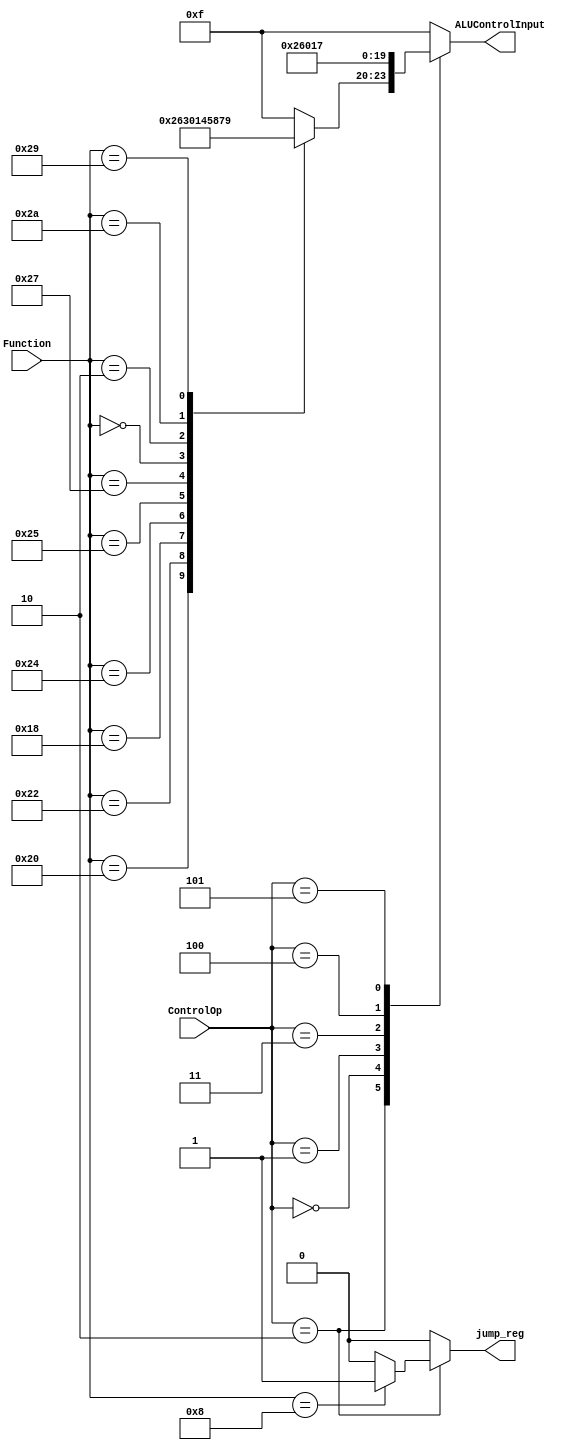
module ALU_Control(ALUControlInput,jump_reg,ControlOp,Function);

input [5:0]Function;
input [2:0]ControlOp;		// input control op
output[3:0]ALUControlInput;	// output to the ALU unit
output jump_reg;

wire [5:0]Function;
wire [2:0]ControlOp;

reg [3:0]ALUControlInput;
reg jump_reg;

always @ (ControlOp or Function)
begin
  case (ControlOp)
    3'b010: // R-type instructions
	case (Function)
		6'b100000: // add
			begin
			ALUControlInput=4'b0010;
			jump_reg=1'b0;
			end
		6'b100010: // subtract
			begin
			ALUControlInput=4'b0110;
			jump_reg=1'b0;
			end
		6'b011000: // multiply
			begin
			ALUControlInput=4'b0011;
			jump_reg=1'b0;
			end
		6'b100100: // and
			begin
			ALUControlInput=4'b0000;
			jump_reg=1'b0;
			end
		6'b100101: // or
			begin
			ALUControlInput=4'b0001;
			jump_reg=1'b0;
			end
		6'b100111: // nor
			begin
			ALUControlInput=4'b0100;
			jump_reg=1'b0;
			end
		6'b000000: // sll
			begin
			ALUControlInput=4'b0101;
			jump_reg=1'b0;
			end
		6'b000010: // srl
			begin
			ALUControlInput=4'b1000;
			jump_reg=1'b0;
			end
		6'b101010: // slt
			begin
			ALUControlInput=4'b0111;
			jump_reg=1'b0;
			end
		6'b101001: // sltu
			begin
			ALUControlInput=4'b1001;
			jump_reg=1'b0;
			end
		6'b001000:
			begin
			ALUControlInput=4'b1111;
			jump_reg=1'b1;
			end
		default: // ALU is not used
			begin
			ALUControlInput=4'b1111;
			jump_reg=1'b0;
			end
	endcase

   3'b000: // add in case not R type
	begin
	ALUControlInput=4'b0010;
	jump_reg=1'b0;
	end
   3'b001: // subtract in case of not R type
	begin
	ALUControlInput=4'b0110;
	jump_reg=1'b0;
	end
   3'b011: // and in case of not R type 
	begin
	ALUControlInput=4'b0000;
	jump_reg=1'b0;
	end
   3'b100: // or in case of not R type
	begin
	ALUControlInput=4'b0001;
	jump_reg=1'b0;
	end
   3'b101: //slt in case of not R type
	begin
	ALUControlInput=4'b0111;
	jump_reg=1'b0;
	end
   default: // ALU is not used
	begin
	ALUControlInput=4'b1111;
	jump_reg=1'b0;
	end
   endcase
  end //end of begin
endmodule